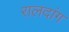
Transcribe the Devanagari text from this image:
रालदांग